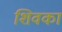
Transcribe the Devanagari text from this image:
शिवका